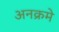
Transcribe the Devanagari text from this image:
अनक्रमे